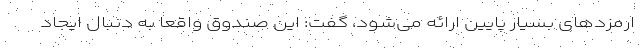
ارمزدهای بسیار پایین ارائه می‌شود، گفت: این صندوق واقعا به دنبال ایجاد